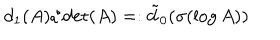
d _ { 1 } ( A ) / \det ( A ) = : \tilde { d } _ { 0 } ( \sigma ( \log A ) )